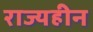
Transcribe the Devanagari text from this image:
राज्यहीन